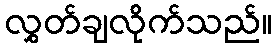
လွှတ်ချလိုက်သည်။